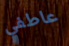
عاطفي